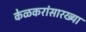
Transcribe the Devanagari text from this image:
केळकरांसारख्या